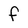
Character: f